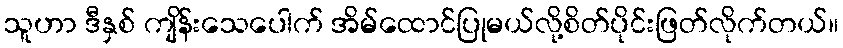
သူဟာ ဒီနှစ် ကျိန်းသေပေါက် အိမ်ထောင်ပြုမယ်လို့စိတ်ပိုင်းဖြတ်လိုက်တယ်။